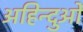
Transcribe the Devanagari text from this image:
अहिन्दुओं